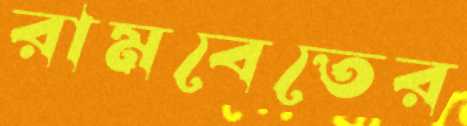
রামবেতের